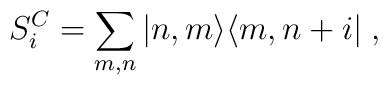
S^C_i=\sum_{m,n}^{}|n,m\rangle \langle m,n+i|\;,